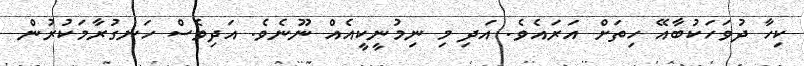
ކިހާ ދުވަހަކުބާއޭ ހިތަށް އަރައެވެ. އަދި މި ނިމުނީކީއެއް ނޫނެވެ. އަދިވެސް ހަނގުރާމަކުރުން